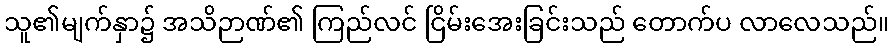
သူ၏မျက်နှာ၌ အသိဉာဏ်၏ ကြည်လင် ငြိမ်းအေးခြင်းသည် တောက်ပ လာလေသည်။